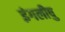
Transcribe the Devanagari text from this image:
इंगलीषु